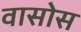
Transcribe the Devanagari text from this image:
वासोस